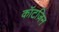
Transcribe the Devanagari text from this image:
कॉटज़िन